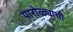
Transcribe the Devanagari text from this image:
पारोळ्याची